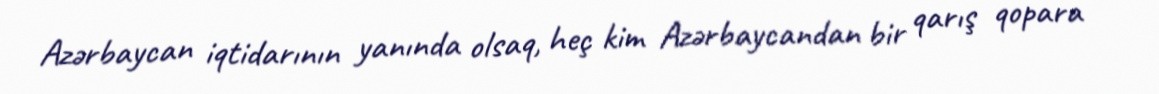
Azərbaycan iqtidarının yanında olsaq, heç kim Azərbaycandan bir qarış qopara